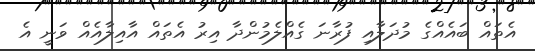
އެތައް ބައެއްގެ މުދަލާއި ފުރާނަ ގެއްލެމުންދާ އިރު އެތައް އާއިލާއެއް ވަނީ އެ